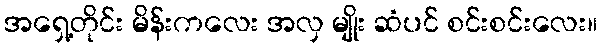
အရှေ့တိုင်း မိန်းကလေး အလှ မျိုး ဆံပင် စင်းစင်းလေး။